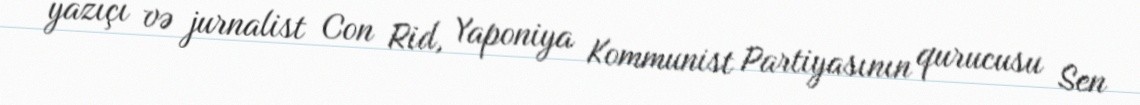
yazıçı və jurnalist Con Rid, Yaponiya Kommunist Partiyasının qurucusu Sen